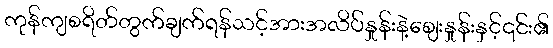
ကုန်ကျစရိတ်တွက်ချက်ရန်သင့်အားအလိပ်နှုန်းနဲ့စျေးနှုန်းနှင့်၎င်း၏